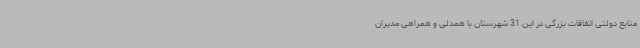
منابع دولتی اتفاقات بزرگی در این 31 شهرستان با همدلی و همراهی مدیران